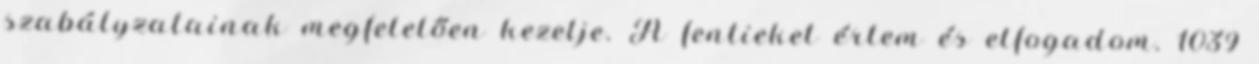
szabályzatainak megfelelően kezelje. A fentieket értem és elfogadom. 1039